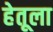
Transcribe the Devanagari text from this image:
हेतूला